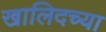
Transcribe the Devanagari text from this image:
खालिदच्या